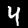
Digit: 4